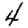
Digit: 4